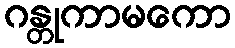
ဂန္တုကာမကော